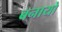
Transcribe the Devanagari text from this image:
बनायो